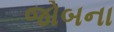
જોબના